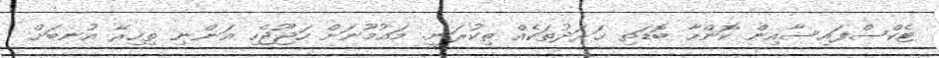
ޓެކްސްފައިސާއިން ކޮންހާ ބޮޑަތި ޚަރަދުތަކެއް ތިކުރަނީ. މައުމޫނަށް ހަޖޫޖެހި އަންނި ތިހިރޭ އުނބަށް